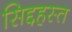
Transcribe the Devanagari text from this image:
सिद्दहस्त